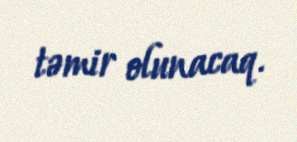
təmir olunacaq.